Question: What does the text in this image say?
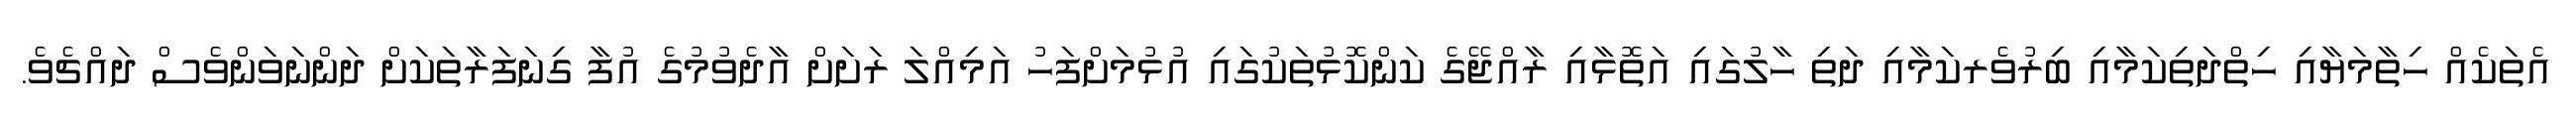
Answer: އެތަކެއް ހިތާމަޔާއި ހިތްދަތިކަމާއި ބިރުވެރކަމާއި ދަތި ހާލުގައި އަތޮޅާއި ރާއްޖޭގެ ކަންކޮޅުތަކުގައި އުޅުމަށްފަހު އަމިއްލަ ރަށަށް އާދެވުމުގެ އުފާ ގިނަފަރާތަކަށް ދަންނަވަންވެސް ދައްޗެވެ.